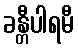
ခန္တီပါရမီ